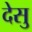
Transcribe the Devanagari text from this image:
देसु